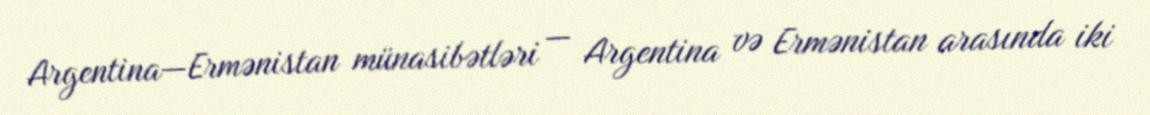
Argentina—Ermənistan münasibətləri — Argentina və Ermənistan arasında iki